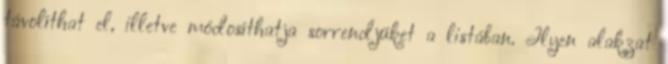
távolíthat el, illetve módosíthatja sorrendjüket a listában. Ilyen alakzat